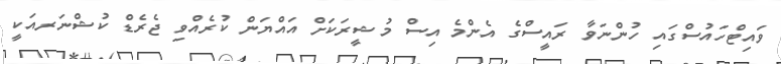
ވައިޓްހައުސްގައި ހުންނަވާ ރައީސްގެ އެންމެ އިސް މުޝީރަކަށް އައްޔަން ކުރެއްވި ޖެރެޑް ކުޝްނަރއަކީ